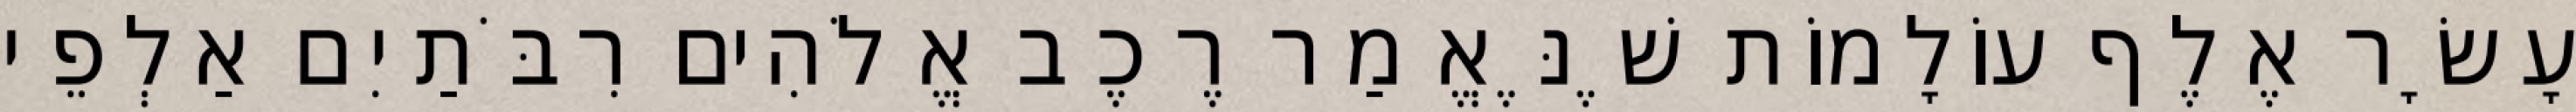
עָשָׂר אֶלֶף עוֹלָמוֹת שֶׁנֶּאֱמַר רֶכֶב אֱלֹהִים רִבֹּתַיִם אַלְפֵי